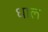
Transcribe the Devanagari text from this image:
धाल